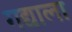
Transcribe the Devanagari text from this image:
गद्याला